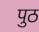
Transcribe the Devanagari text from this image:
पुठ